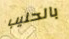
بالحليب